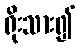
ရိုးသား၍